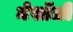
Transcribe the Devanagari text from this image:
मेर्सोली